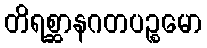
တိရစ္ဆာနဂတပဉ္စမော